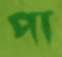
পা